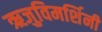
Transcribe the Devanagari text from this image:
ऋजुविमर्शिनी